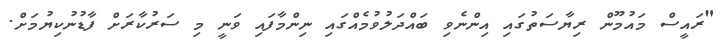
"ރައީސް މައުމޫން ރިޔާސަތުގައި އިންނެވި ބައްދަލުވުމެއްގައި ނިންމާފައި ވަނީ މި ސަރުކާރަށް ފާޑުނުކިޔުމަށް.